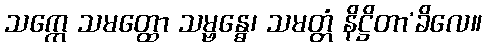
သက္ကေ သမတ္ထော သမ္ဗန္ဓေ၊ သမတ္တံ နိဋ္ဌိတာ’ခိလေ။